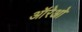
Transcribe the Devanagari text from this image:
ऑरेओ